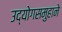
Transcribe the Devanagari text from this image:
उद्योगसमुहाने